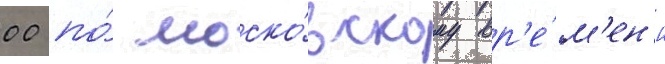
00 по́ моско́вскому вр'е́м'ен'и